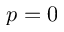
p = 0